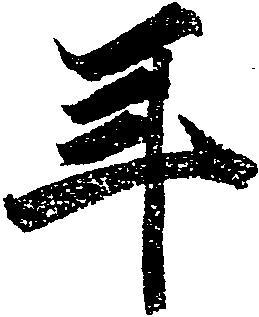
年